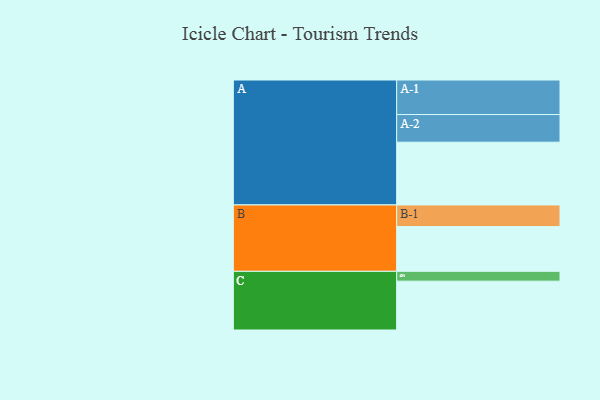
{"axis": {"x": "Segment", "y": "Value"}, "legend": ["", "A", "B", "C"], "data": [{"x": "A", "y": 536, "type": ""}, {"x": "B", "y": 382, "type": ""}, {"x": "C", "y": 417, "type": ""}, {"x": "A-1", "y": 295, "type": "A"}, {"x": "A-2", "y": 236, "type": "A"}, {"x": "B-1", "y": 185, "type": "B"}, {"x": "C-1", "y": 84, "type": "C"}]}